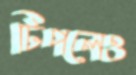
টিপলেও